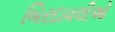
બિરદાવલીઓ